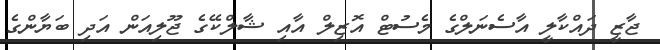
ޖާޒީ ދައްކާލީ އާސެނަލްގެ މެސުޓް އޮޒިލް އާއި ޝާލްކޭގެ ޖޫލިއަން އަދި ބަޔާންގެ